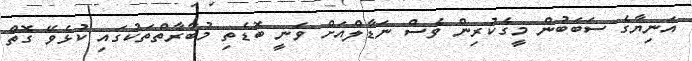
އަނިޔާގެ ސަބަބުން މީގެކުރިން ވެސް ނަޑާލްއަށް ވަނީ ބޮޑެތި މުބާރާތްތަކުގައި ކުޅެވޭ ގޮތް